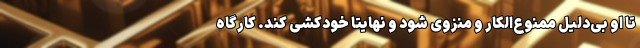
تا او بی‌دلیل ممنوع‌الکار و منزوی شود و نهایتا خودکشی کند. کارگاه